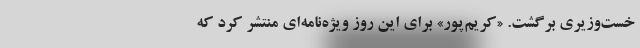
خست‌وزیری برگشت. «کریم‌پور» برای این روز ویژه‌نامه‌ای منتشر کرد که